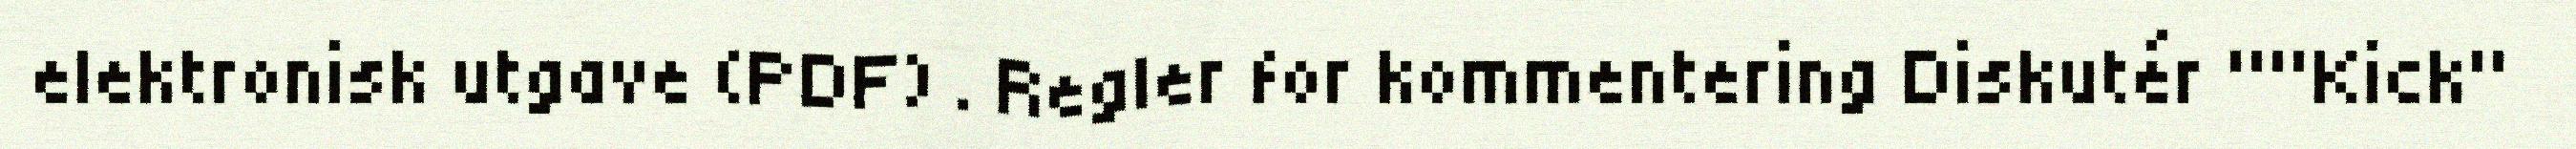
elektronisk utgave (PDF) . Regler for kommentering Diskutér ""Kick"